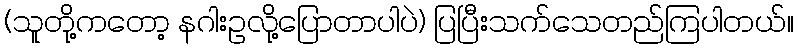
(သူတို့ကတော့ နဂါးဥလို့ပြောတာပါပဲ) ပြပြီးသက်သေတည်ကြပါတယ်။